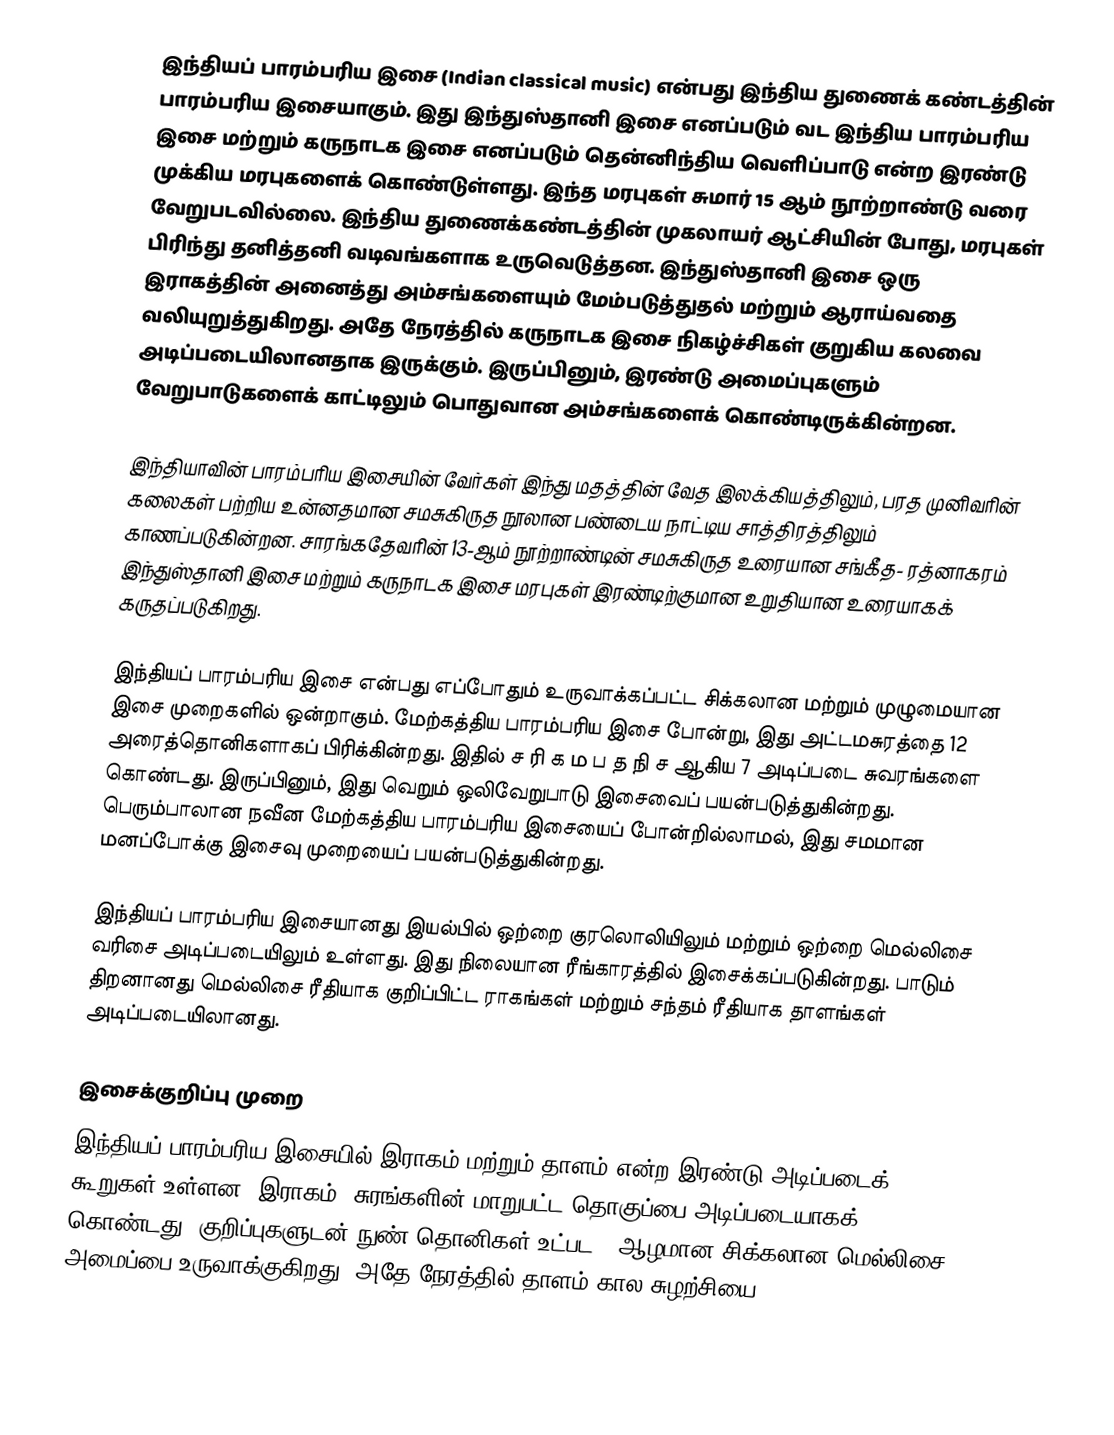
இந்தியப் பாரம்பரிய இசை (Indian classical music) என்பது இந்திய துணைக் கண்டத்தின் பாரம்பரிய இசையாகும். இது இந்துஸ்தானி இசை எனப்படும் வட இந்திய பாரம்பரிய இசை மற்றும் கருநாடக இசை எனப்படும் தென்னிந்திய வெளிப்பாடு என்ற இரண்டு முக்கிய மரபுகளைக் கொண்டுள்ளது. இந்த மரபுகள் சுமார் 15 ஆம் நூற்றாண்டு வரை வேறுபடவில்லை. இந்திய துணைக்கண்டத்தின் முகலாயர் ஆட்சியின் போது, மரபுகள் பிரிந்து தனித்தனி வடிவங்களாக உருவெடுத்தன. இந்துஸ்தானி இசை ஒரு இராகத்தின் அனைத்து அம்சங்களையும் மேம்படுத்துதல் மற்றும் ஆராய்வதை வலியுறுத்துகிறது. அதே நேரத்தில் கருநாடக இசை நிகழ்ச்சிகள் குறுகிய கலவை அடிப்படையிலானதாக இருக்கும். இருப்பினும், இரண்டு அமைப்புகளும் வேறுபாடுகளைக் காட்டிலும் பொதுவான அம்சங்களைக் கொண்டிருக்கின்றன.

இந்தியாவின் பாரம்பரிய இசையின் வேர்கள் இந்து மதத்தின் வேத இலக்கியத்திலும், பரத முனிவரின் கலைகள் பற்றிய உன்னதமான சமசுகிருத நூலான பண்டைய நாட்டிய சாத்திரத்திலும் காணப்படுகின்றன. சாரங்கதேவரின் 13-ஆம் நூற்றாண்டின் சமசுகிருத உரையான சங்கீத- ரத்னாகரம் இந்துஸ்தானி இசை மற்றும் கருநாடக இசை மரபுகள் இரண்டிற்குமான உறுதியான உரையாகக் கருதப்படுகிறது.

இந்தியப் பாரம்பரிய இசை என்பது எப்போதும் உருவாக்கப்பட்ட சிக்கலான மற்றும் முழுமையான இசை முறைகளில் ஒன்றாகும். மேற்கத்திய பாரம்பரிய இசை போன்று, இது அட்டமசுரத்தை 12 அரைத்தொனிகளாகப் பிரிக்கின்றது. இதில் ச ரி க ம ப த நி ச ஆகிய 7 அடிப்படை சுவரங்களை கொண்டது. இருப்பினும், இது வெறும் ஒலிவேறுபாடு இசைவைப் பயன்படுத்துகின்றது. பெரும்பாலான நவீன மேற்கத்திய பாரம்பரிய இசையைப் போன்றில்லாமல், இது சமமான மனப்போக்கு இசைவு முறையைப் பயன்படுத்துகின்றது.

இந்தியப் பாரம்பரிய இசையானது இயல்பில் ஒற்றை குரலொலியிலும் மற்றும் ஒற்றை மெல்லிசை வரிசை அடிப்படையிலும் உள்ளது. இது நிலையான ரீங்காரத்தில் இசைக்கப்படுகின்றது. பாடும் திறனானது மெல்லிசை ரீதியாக குறிப்பிட்ட ராகங்கள் மற்றும் சந்தம் ரீதியாக தாளங்கள் அடிப்படையிலானது.

இசைக்குறிப்பு முறை
இந்தியப் பாரம்பரிய இசையில் இராகம் மற்றும் தாளம் என்ற இரண்டு அடிப்படைக் கூறுகள் உள்ளன. இராகம், சுரங்களின் மாறுபட்ட தொகுப்பை அடிப்படையாகக் கொண்டது (குறிப்புகளுடன் நுண் தொனிகள் உட்பட), ஆழமான சிக்கலான மெல்லிசை அமைப்பை உருவாக்குகிறது. அதே நேரத்தில் தாளம் கால சுழற்சியை